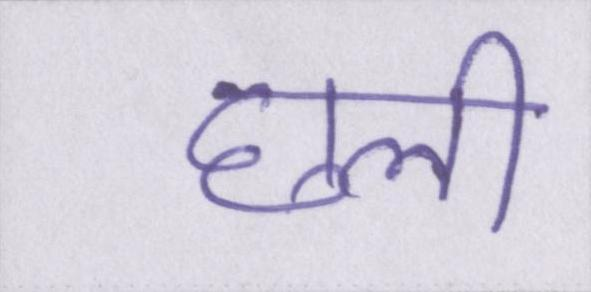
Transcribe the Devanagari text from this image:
छली